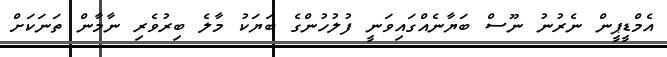
އެމްޑީޕީން ނެރުނު ނޫސް ބަޔާނެއްގައިވަނީ ފުލުހުންގެ ބަޔަކު މާލެ ބިރުވެރި ނާމާން ތަނަކަށް